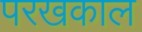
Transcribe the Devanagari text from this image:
परखकाल